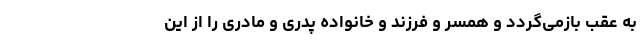
به عقب بازمی‌گردد و همسر و فرزند و خانواده پدری و مادری را از این